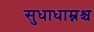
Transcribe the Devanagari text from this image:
सुधाधाम्नश्च